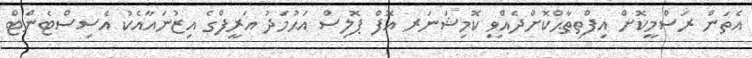
އެތަން ރަސްމީކޮށް އިފްތިތާޙްކޮށްދެއްވީ ކޮމިޝަނަރ އޮފް ޕޮލިސް އަޙުމަދު އަރީފްގެ އިޒުނައާއެކު އެސިސްޓެންޓް